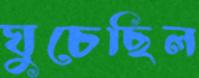
ঘুচেছিল